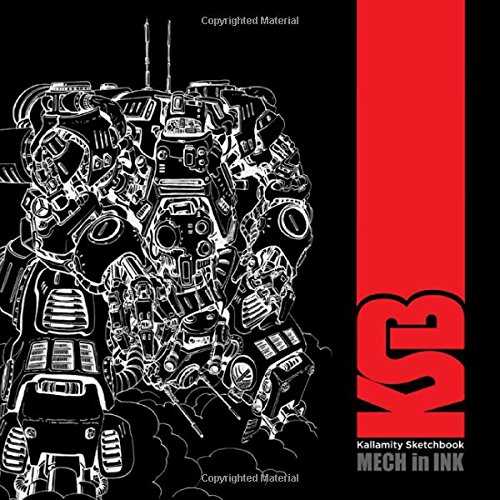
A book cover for Kallamity Sketchbook: Mech in Ink; Arts & Photography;